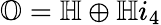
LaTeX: \mathbb{O}=\mathbb{H}\oplus\mathbb{H}i_{4}